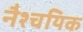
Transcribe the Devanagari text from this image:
नैश्चयिक